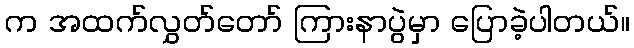
က အထက်လွှတ်တော် ကြားနာပွဲမှာ ပြောခဲ့ပါတယ်။